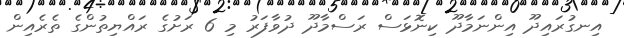
އިނގުރައިދޫ އިންނަމާދޫ ކިނޮޅަސް ރަސްމާދޫ ދުވާފަރު މި 6 ރަށުގެ ރައްޔިތުންގެ ތެރެއިން